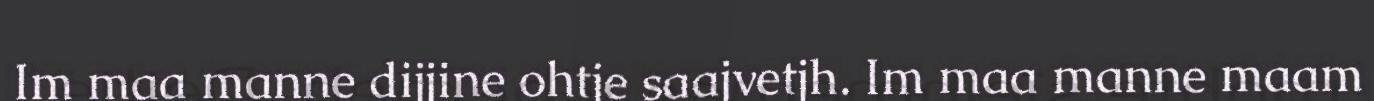
Im maa manne dijjine ohtje saajvetjh. Im maa manne maam